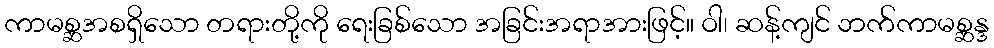
ကာမစ္ဆအစရှိသော တရားတို့ကို ရေးခြစ်သော အခြင်းအရာအားဖြင့်။ ဝါ၊ ဆန့်ကျင် ဘက်ကာမစ္ဆန္ဒ